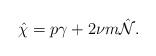
LaTeX: \begin{align*}\hat{\chi}=p\gamma+2\nu m\hat{{\cal N}}.\end{align*}